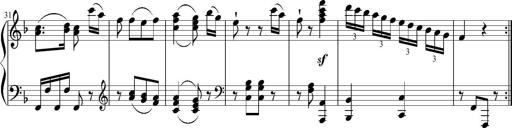
Title: 12 Sonatinas for Piano
Composer: Johann Baptist Vanhal